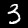
Label: 3